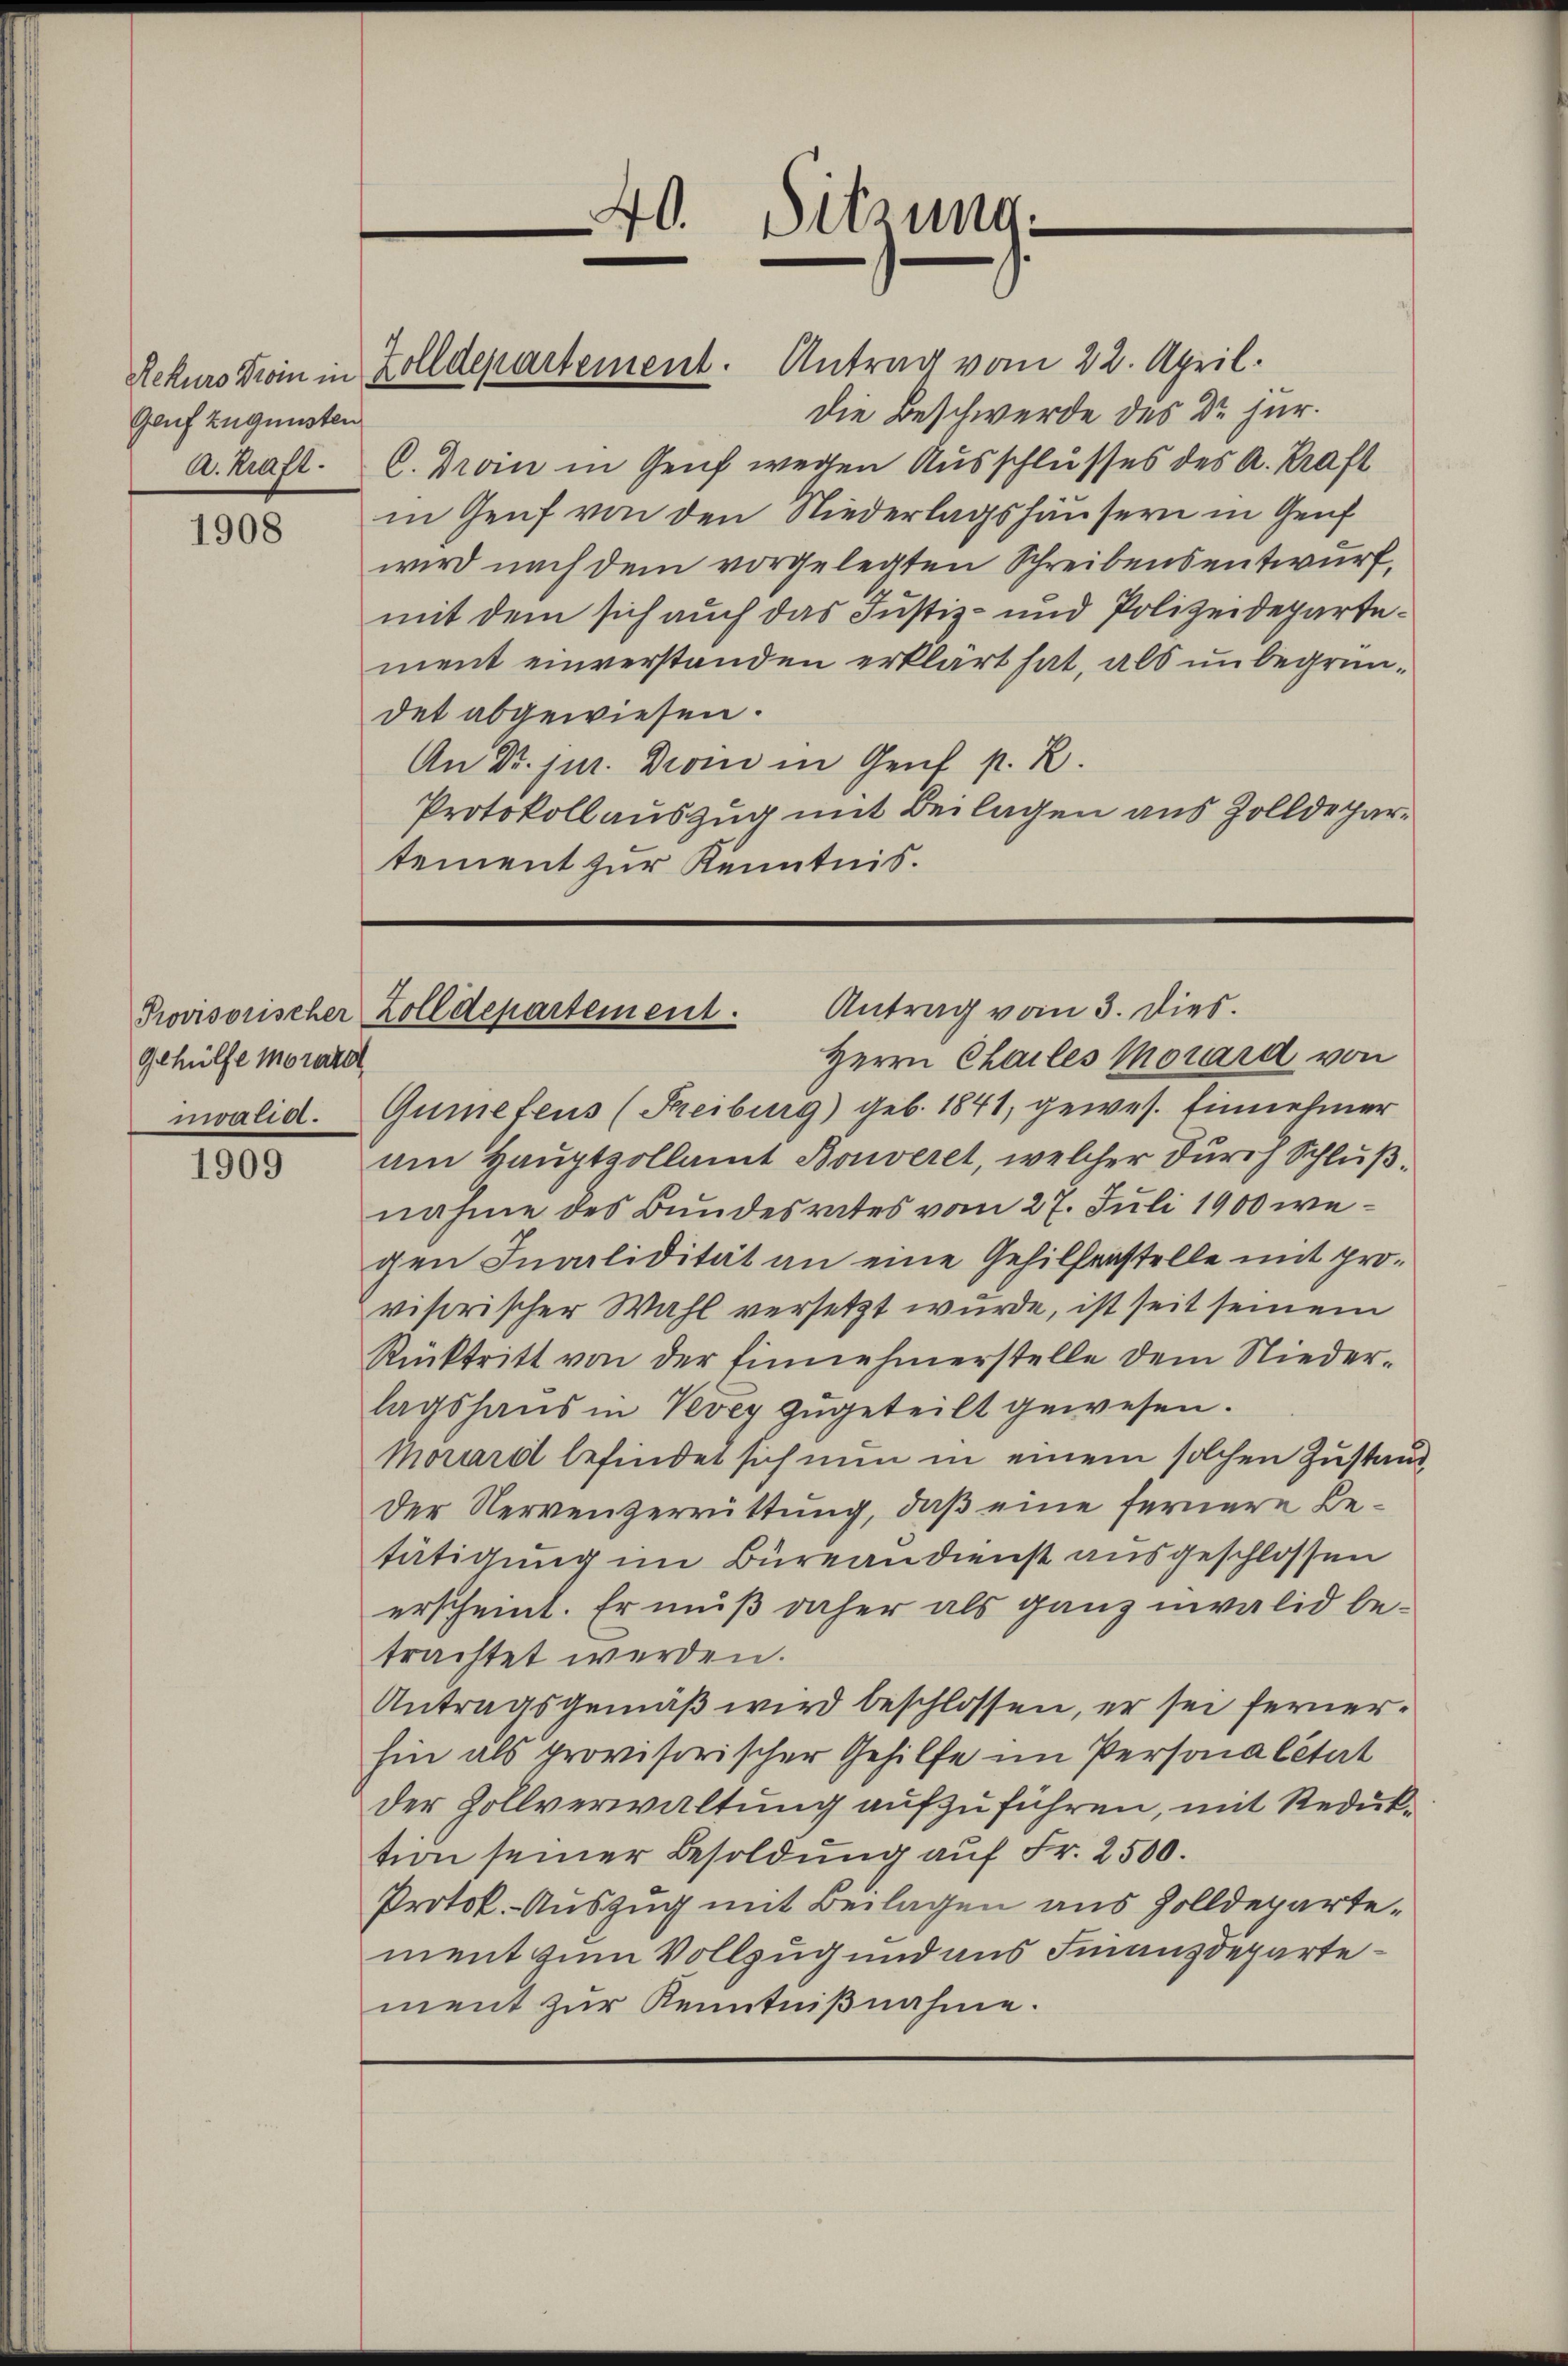
Genf zugunsten

1908

Gehülfe Morare
nialia.

1909

die Beschwerde des Dr. jur.
A. Kraft. C. Droin in Genf wegen Ausschlusses des A. Kraft
in Genf von den Niederlagshäusern in Genf
wird nach dem vorgelegten Schreibensentwurf,
mit dem sich auch das Justiz- und Polizeidepartement einverstanden erklärt hat, als unbegründet abgewiesen.
An Dr. jur. Drom in Gent p. R.
Protokollauszug mit Beilagen aus Zolldepartement zur Kenntnis.

Rekurs Droin in Zolldepartement. Antrag vom 22. April.

40. Sitzung

Antrag vom 3. dies
Provisorischer Zolldepartement.

Herrn Chailes Morara von
Gumefens (Freiburg) geb. 1841, gewes. Einnehmer
am Hauptpollamt Bouveret, welcher durch Schlußnahme des Bundesrates vom 27. Juli 1900 wegen Invalidität an eine Gehilfenstelle mit provisorischer Wahl versetzt wurde, ist seit seinem
Rücktritt von der Einnehmerstelle dem Niederlagshaus in Vevey zugeteilt gewesen.
Mouard befindet sich nun in einem solchen Zustand
Der Nervenzerrüttung, daß eine fernere Betätigung im Büreaudienst ausgeschlossen
erscheint. Er muß daher als ganz invalid betrachtet werden.
Antragsgemäß wird beschlossen, er sei fernerhin als provisorischer Gehilfe im Personalität
der Zollverwaltung aufzuführen, mit Reduktion seiner Besoldung auf Fr. 2500.
Protok. Auszug mit Beilagen aus Zolldepartement zum Vollzug und aus Finanzdepartement zur Kenntnißnahme.